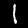
Label: 1